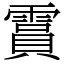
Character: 霣